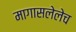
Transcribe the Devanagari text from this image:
मागासलेलेच